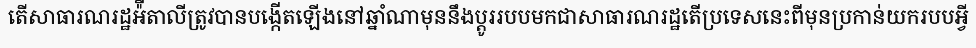
តើសាធារណរដ្ឋអ៉ីតាលីត្រូវបានបង្កើតឡើងនៅឆ្នាំណាមុននឹងប្តូររបបមកជាសាធារណរដ្ឋតើប្រទេសនេះពីមុនប្រកាន់យករបបអ្វី